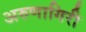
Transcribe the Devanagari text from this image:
अरुणागिरी